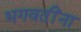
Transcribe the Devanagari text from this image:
भगवतींना